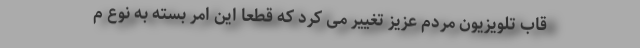
قاب تلویزیون مردم عزیز تغییر می کرد که قطعا این امر بسته به نوع م